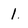
Character: 1